Annual report of lunatic asylums [Bombay] - 1912-1922
Year: 1912
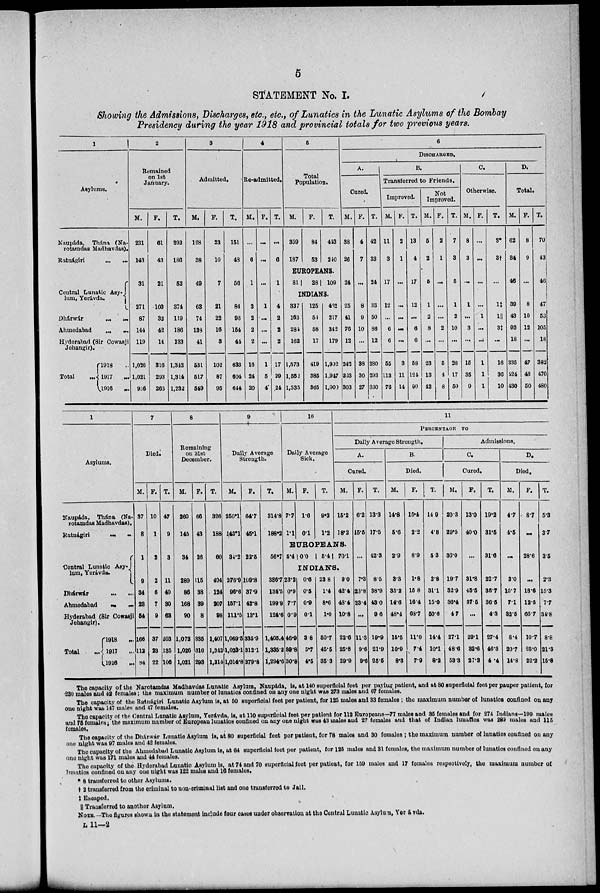
5
STATEMENT No. I.
Showing the Admissions, Discharges, etc., etc., of Lunatics in the Lunatic Asylums of the Bombay
Presidency during the year 1918 and provincial totals for two previous years.
1
Asylums.
Naupáda, Thána (Na-
rotamdas Madhavdas).
Ratnágiri ... ...
Central Lunatic Asy-
lum, Yerávda.
Dhárwár ... ...
Ahmedabad
...
...
Hyderabad (Sir Cowasji
Jehangir).
Total
...
1918 ...
1917
...
1916
...
2
Remained
on 1st
January.
M.
231
143
31
271
87
144
119
1,028
1,021
966
F.
61
43
21
103
32
42
14
316
293
266
T.
292
186
52
374
119
186
133
1,342
1,314
1,232
3
Admitted.
M.
128
38
49
63
74
138
41
531
517
549
F.
23
10
7
21
22
16
3
102
87
95
T.
151
48
56
84
96
154
44
633
604
644
4
Re-admitted.
M.
...
6
1
3
2
2
2
16
24
20
F.
...
...
...
1
...
...
...
1
5
4
T.
...
6
1
4
2
2
2
17
29
24
5
Total
Population.
M.
359
187
F.
84
53
T.
443
240
EUROPEANS.
81
28 109
INDIANS.
337
163
284
162
1,573
1,562
1,535
125
54
58
17
419
385
365
462
217
342
179
1,992
1,947
1,900
6
DISCHARGED.
A.
Cured.
M.
38
26
24
25
41
76
12
242
263
303
F.
4
7
...
8
9
10
...
38
30
27
T.
42
33
24
33
50
86
12
280
293
330
B.
Transferred to Friends.
Improved.
M.
11
3
17
12
...
6
6
55
113
76
F.
2
1
...
...
...
...
...
3
11
14
T.
13
4
17
12
...
6
6
58
124
90
Not
Improved.
M.
5
2
5
1
2
8
...
23
13
42
F.
2
1
...
...
...
2
...
5
4
8
T.
7
3
5
1
2
10
...
28
17
50
C.
Otherwise.
M.
8
3
...
1
...
3
...
15
35
9
F.
...
...
...
...
1
...
...
1
1
1
T.
8*
3†
...
1‡
1║
3‡
...
16
36
10
D.
Total.
M.
62
34
46
39
43
93
18
335
424
430
F.
8
9
...
8
10
12
...
47
46
50
T.
70
43
46
47
53
105
18
382
470
480
1
Asylums.
Naupáda, Thána (Na-
rotamdas Madhavdas).
Ratnágiri ... ...
Central Lunatic Asy-
lum, Yerávda.
Dhárwár
...
...
Ahmedabad ... ...
Hyderabad (Sir Cowasji
Jehangir).
Total ...
1918
...
1917
...
1916 ...
7
Died.
M.
37
8
1
9
34
28
54
166
112
84
F.
10
1
2
2
6
7
9
37
23
22
T.
47
9
3
11
40
30
63
203
135
106
8
Remaining
on 31st
December.
M.
260
145
34
289
86
168
90
1,072
1,026
1,021
F.
66
43
26
115
38
39
8
335
316
293
T.
326
188
60
404
124
207
98
1,407
1,342
1,314
9
Daily Average
Strength.
M.
250.1
143.1
34.2
276.9
96.6
157.1
111.5
1,069.5
1,023.1
1,014.6
F.
64.7
45.1
22.5
109.8
37.9
42.8
13.1
335.9
312.1
279.8
T.
314.8
188.2
56.7
386.7
134.5
199.9
124.6
1,405.4
1,335.2
1,294.6
10
Daily Average
Sick.
M.
7.7
1.1
F.
1.6
0.1
T.
9.3
1.2
11
PERCENTAGE
TO
Daily Average Strength.
A.
Cured.
M.
15.2
18.2
EUROPEANS.
5.4 |0.0 5.4
70.1
INDIANS.
23.2
0.9
7.7
0.9
46.9
89.8
30.8
0.6
0.5
0.9
0.1
3.8
5.7
4.5
23.8
1.4
8.6
1.0
50.7
45.5
35.3
9.0
42.4
48.4
10.8
22.6
25.8
29.9
F.
6.2
15.5
...
7.3
23.8
23.4
...
11.3
9.6
9.6
T.
13.3
17.5
42.3
8.5
38.9
43.0
9.6
19.9
21.9
25.5
B.
Died.
M.
14.8
5.6
2.9
3.3
35.2
14.6
48.4
15.5
10.9
8.3
F.
15.4
2.2
8.9
1.8
15.8
16.4
68.7
11.0
7.4
7.9
T.
14.9
4.8
5.3
2.8
31.1
15.0
50.6
14.4
10.1
8.2
Admissions.
C.
Cured.
M.
20.3
29.5
36.0
19.7
32.9
36.4
4.7
27.1
48.6
53.3
F.
13.0
40.0
...
31.8
45.5
37.5
...
29.1
32.6
27.3
T.
19.2
31.5
31.6
22.7
35.7
36.5
4.3
27.4
46.3
4.4
D.
Died.
M.
4.7
4.5
...
3.0
15.7
7.1
32.5
8.4
20.7
14.8
F.
8.7
...
28.6
...
16.6
12.5
66.7
10.7
25.0
22.2
T.
5.3
3.7
3.5
2.3
15.3
7.7
34.8
8.8
21.3
15.8
The capacity of the Narotamdas Madhavdas Lunatic Asylum, Naupáda, is, at 140 superficial feet per paying patient, and at 80 superficial feet per pauper patient, for
230 males and 42 females; the maximum number of lunatics confined on any one night was 273 males and 67 females.
The capacity of the Ratnágiri Lunatic Asylum is, at 50 superficial feet per patient, for 125 males and 33 females; the maximum number of lunatics confined on any
one night was 147 males and 47 females.
The capacity of the Central Lunatic Asylum, Yerávda, is, at 110 superficial feet per patient for 112 Europeans—77 males and 35 females and for 274 Indians—199 males
and 75 females, the maximum number of European lunatics confined on any one night was 43 males and 27 females and that of Indian lunatics was 289 males and 115
females.
The capacity of the Dhárwár Lunatic Asylum is, at 80 superficial feet per patient, for 78 males and 30 females; the maximum number of lunatics confined on any
one night was 97 males and 42 females.
The capacity of the Ahmedabad Lunatic Asylum is, at 64 superficial feet per patient, for 125 males and 31 females, the maximum number of lunatics confined on any
one night was 171 males and 44 females.
The capacity of the Hyderabad Lunatic Asylum is, at 74 and 70 superficial feet per patient, for 159 males and 17 females respectively, the maximum number of
lunatics confined on any one night was 122 males and 16 females.
* 8 transferred to other Asylums.
† 2 transferred from the criminal to non-criminal list and one transferred to Jail.
‡ Escaped.
|| Transferred to another Asylum.
NOTE.—The figures shown in the statement Include four cases under observation at the Central Lunatic Asylum, Yerávda.
L 11—2